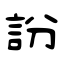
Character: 訜